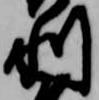
利